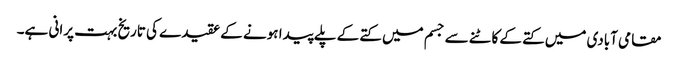
مقامی آبادی میں کتے کے کاٹنے سے جسم میں کتے کے پلے پیدا ہونے کے عقیدے کی تاریخ بہت پرانی ہے۔